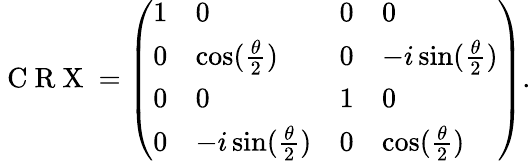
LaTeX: \mathrm{~C~R~X~}=\left(\begin{array}{llll}{1}&{0}&{0}&{0}\\ {0}&{\cos(\frac{\theta}{2})}&{0}&{-i\sin(\frac{\theta}{2})}\\ {0}&{0}&{1}&{0}\\ {0}&{-i\sin(\frac{\theta}{2})}&{0}&{\cos(\frac{\theta}{2})}\end{array}\right).